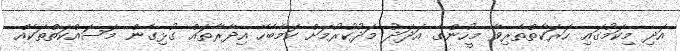
އަދި މިކަމުގައި ހަރަކާތްތެރިވާ މީހުންގެ އަަދަދު މަދުކުރުމަށް ކަމާބެހޭ އިދާރާތައް ގުޅިގެން މަސައްކަތްތަކެއް